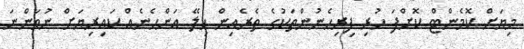
މިޔަށް ކޮމެންޓް ކޮށްފަ ހުރި ފިރިހެނުންތަކުގެ ތެރެއިން ހިލޭ އަންހެނެއް ކައިރިޔަށް ނުވަންނަ